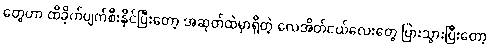
တွေဟာ ထိခိုက်ပျက်စီးနိုင်ပြီးတော့ အဆုတ်ထဲမှာရှိတဲ့ လေအိတ်ငယ်လေးတွေ ပြားသွားပြီးတော့